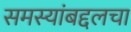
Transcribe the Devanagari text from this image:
समस्यांबद्दलचा